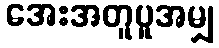
အေးအတူပူအမျှ